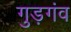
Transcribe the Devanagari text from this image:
गुड़गंव